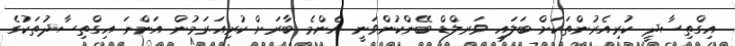
އިގްތިސާދީ ކުރިއެރުންތަކަށް ބަލައި ވަރލްޑް ބޭންކުންވަނީ އެންމެ ބާރަށް ކުރިއަރަމުން އަންނަ އިގްތިސާދުތަކުގެ